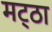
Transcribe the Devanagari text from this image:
मट्‌ठा